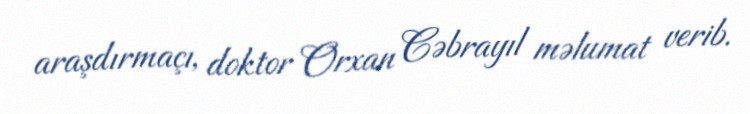
araşdırmaçı, doktor Orxan Cəbrayıl məlumat verib.